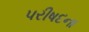
પરીષદના